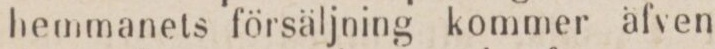
hemmanets försäljning kommer äfven